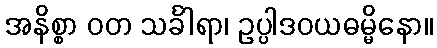
အနိစ္စာ ဝတ သင်္ခါရာ၊ ဥပ္ပါဒဝယဓမ္မိနော။